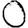
Digit: 0